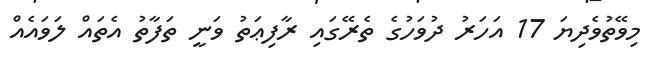
މިވޭތުވެދިޔަ 17 އަހަރު ދުވަހުގެ ތެރޭގައި ރާފިޢަތު ވަނީ ތަފާތު އެތައް ލަވައެއް